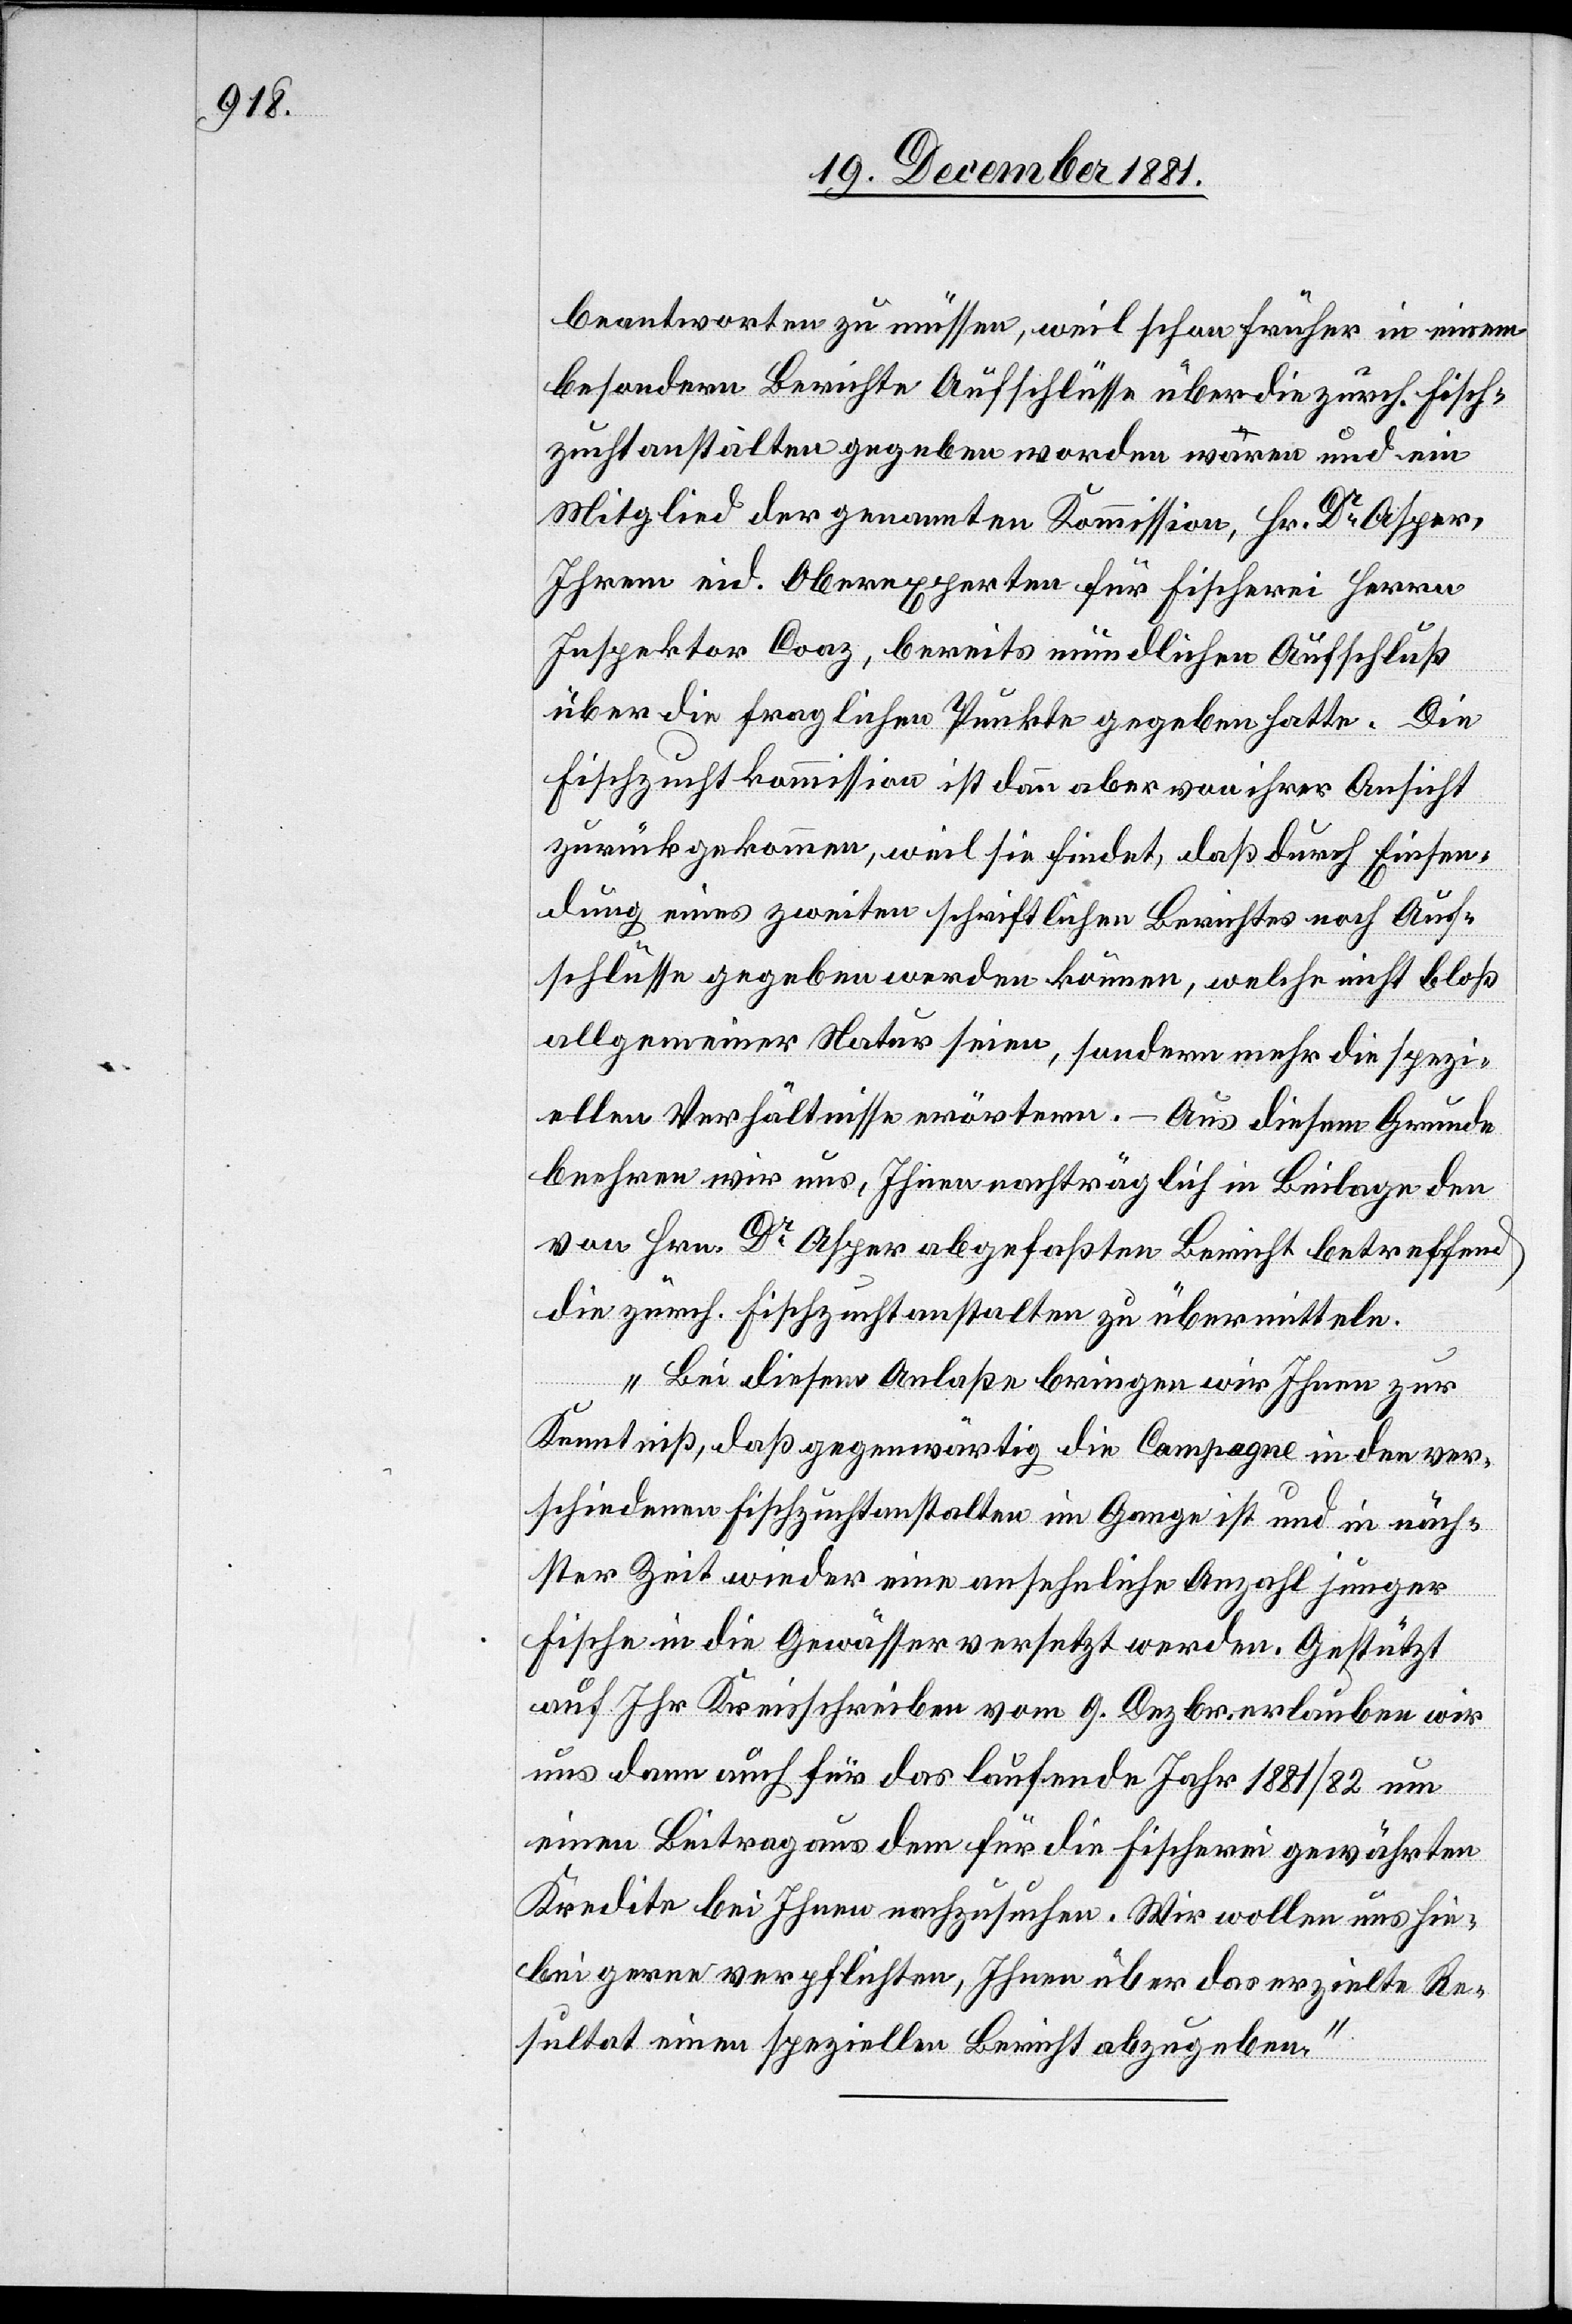
beantworten zu müssen, weil schon früher in einem
besondern Berichte Aufschlüsse über die zürch. Fisch¬
zuchtstätten gegeben worden waren und ein
Mitglied der genannten Kommission, Hr. Dr Asper,
Ihrem eid. Oberexperten für Fischerei Herren
Inspektor Coaz, bereits mündlichen Aufschluß
über die fraglichen Punkte gegeben hatte. Die
Fischzuchtkommission ist dann aber von ihrer Ansicht
zurückgekommen, weil sie findet, daß durch Einsen¬
dung eines zweiten schriftlichen Berichtes noch Auf¬
schlüsse gegeben werden können, welche nicht bloß
allgemeiner Natur seien, sondern mehr die spezi¬
ellen Verhältnisse erörtern. – Aus diesem Grunde
beehren wir uns, Ihnen nachträglich in Beilage den
von Hrn. Dr Asper abgefaßten Bericht betreffend
die zürch. Fischzuchtanstalten zu übermitteln.
Bei diesem Anlaße bringen wir Ihnen zur
Kenntniß, daß gegenwärtig die Campagne in den ver¬
schiedenen Fischzuchtanstalten im Gange ist und in näch¬
ster Zeit wieder eine ansehnliche Anzahl junger
Fische in die Gewässer versetzt werden. Gestützt
auf Ihr Kreisschreiben vom 9. Dezbr. erlauben wir
uns dann auch für das laufende Jahr 1881/82 neu
einen Beitrag aus dem für die Fischerei gewährten
Kredite bei Ihnen nachzusuchen. Wir wollen uns hie¬
bei gerne verpflichten, Ihnen über das erzielte Re¬
sultat einen speziellen Bericht abzugeben.“